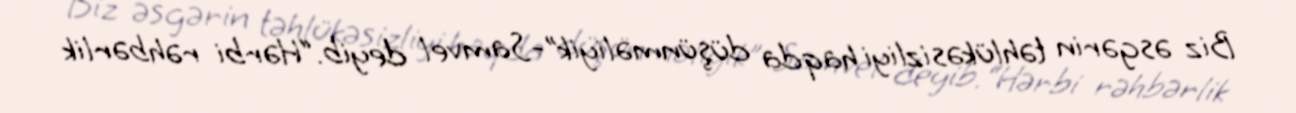
Biz əsgərin təhlükəsizliyi haqda düşünməliyik”-Samvel deyib.“Hərbi rəhbərlik